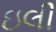
ઇલી